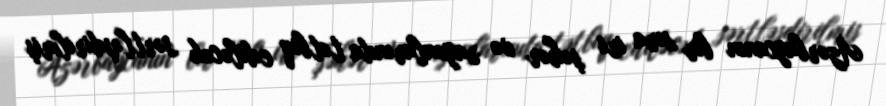
Azərbaycanın bir sıra iri şəhər və rayonlarında tətbiq ediləcək sərtləşdirilmiş